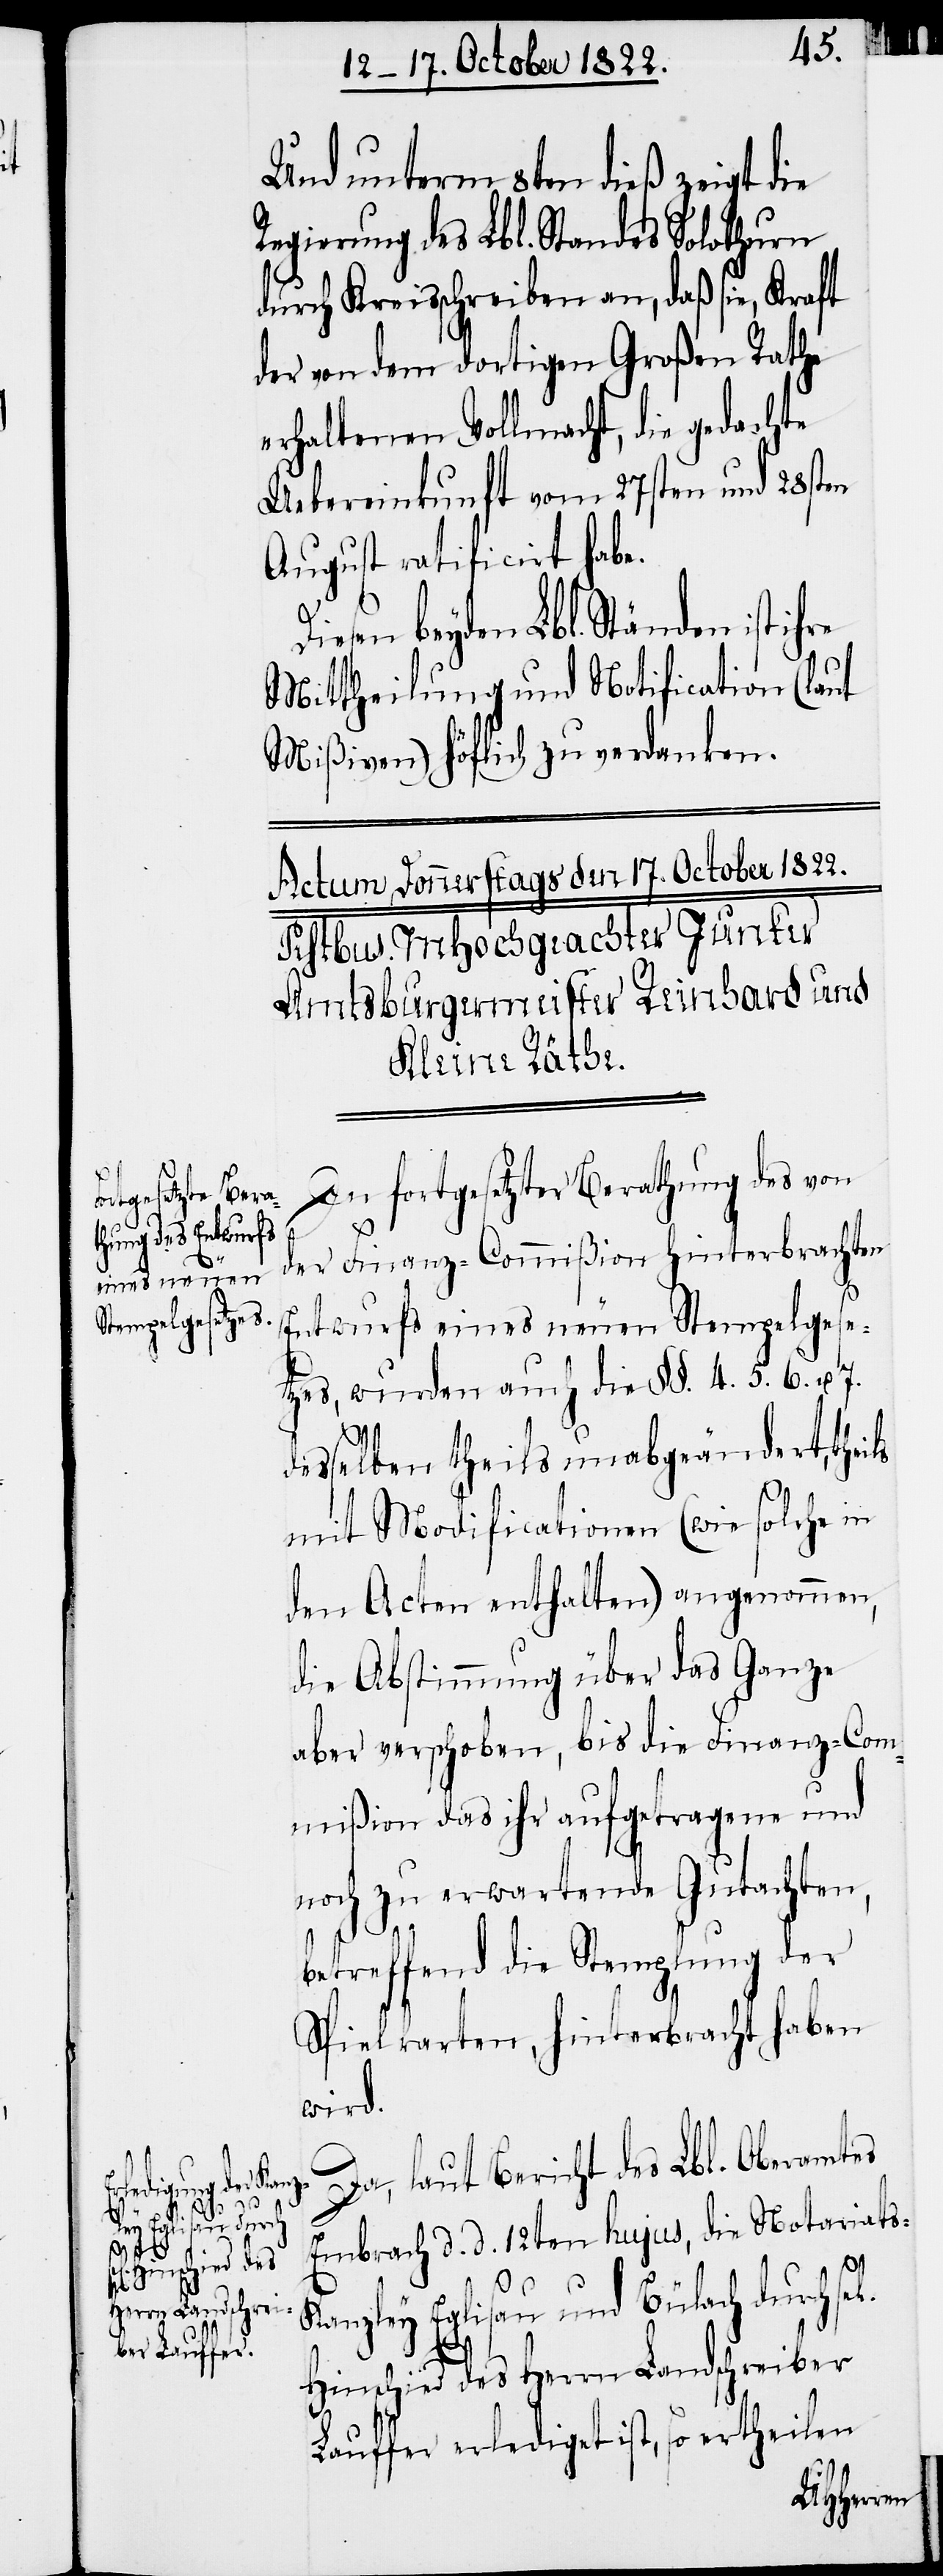
l[igen]
hre

Und unterm 8ten dieß zeigt die
Regierung des Lbl. Standes Solothurn
durch Kreisschreiben an, daß sie, Kraft
der von dem dortigen Großen Rathe
erhaltenen Vollmacht, die gedachte
Uebereinkunft vom 27sten und 28sten
August ratificirt habe.
Diesen beyden Lbl. Ständen ist i¬
Mittheilung und Notification (laut
Mißiven) höflich zu verdanken.
In fortgesetzter Brathung des von
der Finanz-Commißion hinterbrachten
Entwurfs eines neuen Stempelgese¬
tzes, wurden auch die §§. 4. 5. 6. u. 7.
desselben theils unabgeändert,
mit Modificationen (wie solche in
den Acten enthalten) angenommen,
die Abstimmung über das Ganze
aber verschoben, bis die Finanz-Com¬
mißion das ihr aufgetragene und
noch zu erwartende Gutachten,
betreffend die Stemplung der
Spielkarten, hinterbracht haben
wird.
Da, laut Bericht des Lbl. Oberamtes
Embrach d. d. 12ten hujus, die Notariat¬
anzley Eglisau und Bülach durch se¬
Hinschied des Herrn Landschreiber
Lauffer erlediget ist, so ertheilen

s-K¬